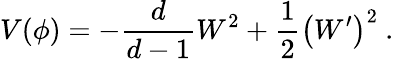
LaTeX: V(\phi)=-\frac{d}{d-1}W^{2}+\frac 12\left(W^{\prime}\right)^{2}~.